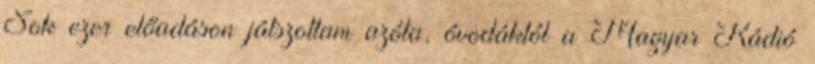
Sok ezer előadáson játszottam azóta, óvodáktól a Magyar Rádió